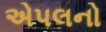
એપલનો